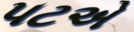
પટએ